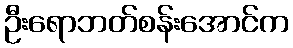
ဦးရောဘတ်စန်းအောင်က